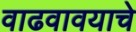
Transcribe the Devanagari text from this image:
वाढवावयाचे